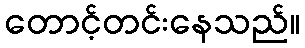
တောင့်တင်းနေသည်။